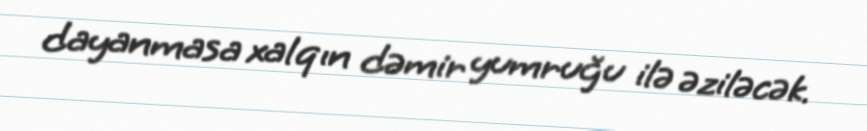
dayanmasa xalqın dəmir yumruğu ilə əziləcək.